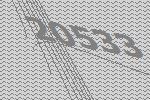
20533